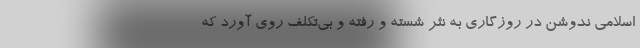
اسلامی ندوشن در روزگاری به نثر شسته و رفته و بی‌تکلف روی آورد که